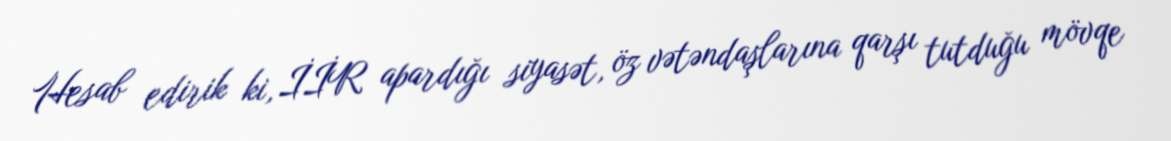
Hesab edirik ki, İİR apardığı siyasət, öz vətəndaşlarına qarşı tutduğu mövqe